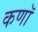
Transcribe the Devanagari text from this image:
कणॉ